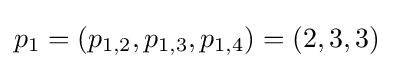
p_{1}=(p_{1,2},p_{1,3},p_{1,4})=(2,3,3)